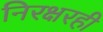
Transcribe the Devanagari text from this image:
निरक्षरही